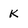
Character: K